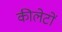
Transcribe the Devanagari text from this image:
कीलेटों